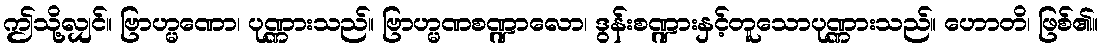
ဤသို့လျှင်။ ဗြာဟ္မဏော၊ ပုဏ္ဏားသည်။ ဗြာဟ္မဏစဏ္ဍာလော၊ ဒွန်းစဏ္ဍားနှင့်တူသောပုဏ္ဏားသည်။ ဟောတိ၊ ဖြစ်၏။